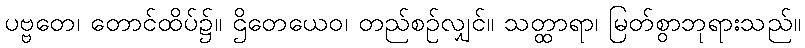
ပဗ္ဗတေ၊ တောင်ထိပ်၌။ ဌိတေယေဝ၊ တည်စဉ်လျှင်။ သတ္ထာရာ၊ မြတ်စွာဘုရားသည်။